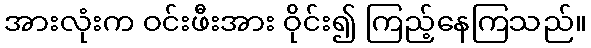
အားလုံးက ဝင်းဖီးအား ဝိုင်း၍ ကြည့်နေကြသည်။